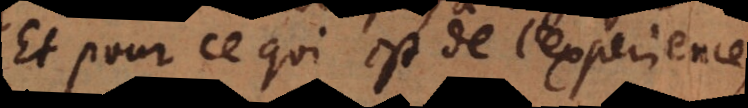
Et pour ce qui est de l’experience,